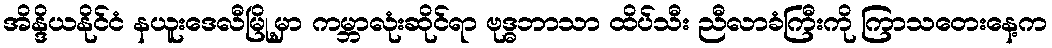
အိန္ဒိယနိုင်ငံ နယူးဒေလီမြို့မှာ ကမ္ဘာလုံးဆိုင်ရာ ဗုဒ္ဓဘာသာ ထိပ်သီး ညီလာခံကြီးကို ကြာသတေးနေ့က